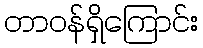
တာဝန်ရှိကြောင်း